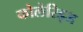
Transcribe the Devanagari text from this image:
कोलेरिड्ज